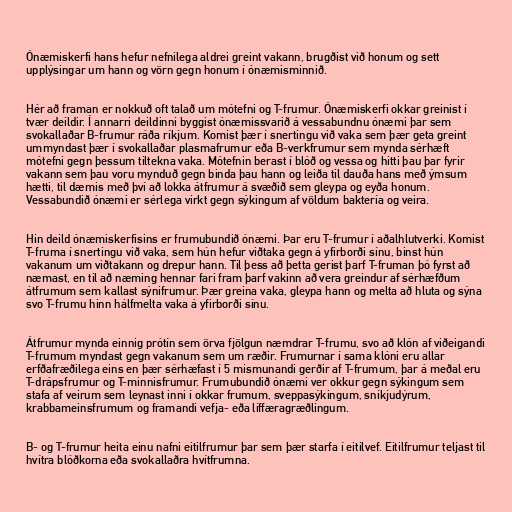
Ónæmiskerfi hans hefur nefnilega aldrei greint vakann, brugðist við honum og sett
upplýsingar um hann og vörn gegn honum í ónæmisminnið.

Hér að framan er nokkuð oft talað um mótefni og T-frumur. Ónæmiskerfi okkar greinist í
tvær deildir. Í annarri deildinni byggist ónæmissvarið á vessabundnu ónæmi þar sem
svokallaðar B-frumur ráða ríkjum. Komist þær í snertingu við vaka sem þær geta greint
ummyndast þær í svokallaðar plasmafrumur eða B-verkfrumur sem mynda sérhæft
mótefni gegn þessum tiltekna vaka. Mótefnin berast í blóð og vessa og hitti þau þar fyrir
vakann sem þau voru mynduð gegn binda þau hann og leiða til dauða hans með ýmsum
hætti, til dæmis með því að lokka átfrumur á svæðið sem gleypa og eyða honum.
Vessabundið ónæmi er sérlega virkt gegn sýkingum af völdum baktería og veira.

Hin deild ónæmiskerfisins er frumubundið ónæmi. Þar eru T-frumur í aðalhlutverki. Komist
T-fruma í snertingu við vaka, sem hún hefur viðtaka gegn á yfirborði sínu, binst hún
vakanum um viðtakann og drepur hann. Til þess að þetta gerist þarf T-fruman þó fyrst að
næmast, en til að næming hennar fari fram þarf vakinn að vera greindur af sérhæfðum
átfrumum sem kallast sýnifrumur. Þær greina vaka, gleypa hann og melta að hluta og sýna
svo T-frumu hinn hálfmelta vaka á yfirborði sínu.

Átfrumur mynda einnig prótín sem örva fjölgun næmdrar T-frumu, svo að klón af viðeigandi
T-frumum myndast gegn vakanum sem um ræðir. Frumurnar í sama klóni eru allar
erfðafræðilega eins en þær sérhæfast í 5 mismunandi gerðir af T-frumum, þar á meðal eru
T-drápsfrumur og T-minnisfrumur. Frumubundið ónæmi ver okkur gegn sýkingum sem
stafa af veirum sem leynast inni í okkar frumum, sveppasýkingum, sníkjudýrum,
krabbameinsfrumum og framandi vefja- eða líffæragræðlingum.

B- og T-frumur heita einu nafni eitilfrumur þar sem þær starfa í eitilvef. Eitilfrumur teljast til
hvítra blóðkorna eða svokallaðra hvítfrumna.